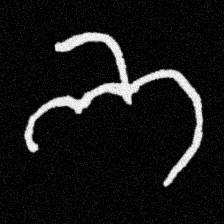
Pyu character \u2014 Myanmar letter: ဘ (romanized: bha)